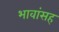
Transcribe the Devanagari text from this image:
भावांसह